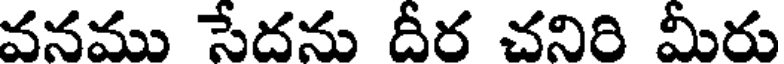
వనము సేదను దీర చనిరి మీరు